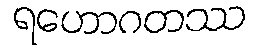
ရဟောဂတဿ